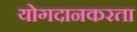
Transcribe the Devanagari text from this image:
योगदानकरता